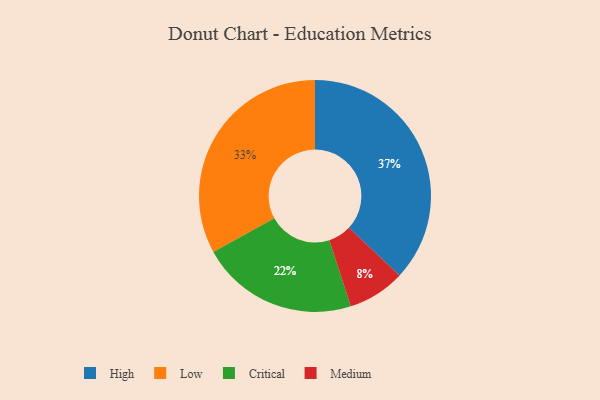
{"axis": {"x": "Category", "y": "Percentage"}, "legend": ["Critical", "High", "Low", "Medium"], "data": [{"x": "Low", "y": 33, "type": "Low"}, {"x": "Critical", "y": 22, "type": "Critical"}, {"x": "High", "y": 37, "type": "High"}, {"x": "Medium", "y": 8, "type": "Medium"}]}